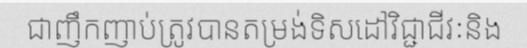
ជាញឹកញាប់ត្រូវបានតម្រង់ទិសដៅវិជ្ជាជីវៈនិង